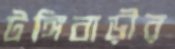
টঙ্গিবাড়ীর